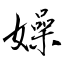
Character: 嬠